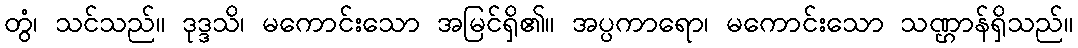
တွံ၊ သင်သည်။ ဒုဒ္ဒသိ၊ မကောင်းသော အမြင်ရှိ၏။ အပ္ပကာရော၊ မကောင်းသော သဏ္ဌာန်ရှိသည်။